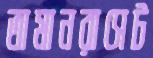
তামানরাসেট